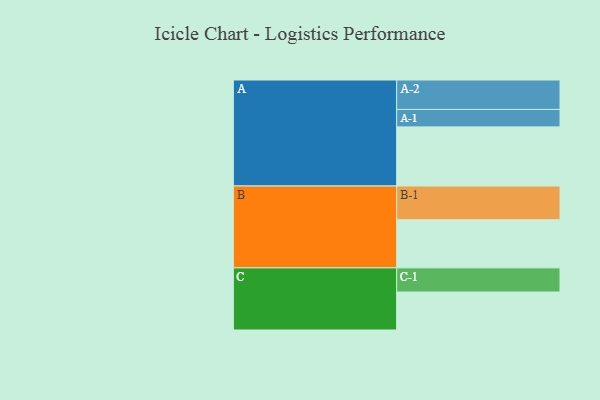
{"axis": {"x": "Segment", "y": "Value"}, "legend": ["", "A", "B", "C"], "data": [{"x": "A", "y": 492, "type": ""}, {"x": "B", "y": 400, "type": ""}, {"x": "C", "y": 316, "type": ""}, {"x": "A-1", "y": 145, "type": "A"}, {"x": "A-2", "y": 245, "type": "A"}, {"x": "B-1", "y": 281, "type": "B"}, {"x": "C-1", "y": 201, "type": "C"}]}